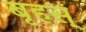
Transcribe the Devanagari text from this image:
बृहस्